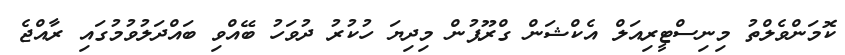
ކޮމަންވެލްތު މިނިސްޓީރިއަލް އެކްޝަން ގްރޫޕުން މިދިޔަ ހުކުރު ދުވަހު ބޭއްވި ބައްދަލުވުމުގައި ރާއްޖެ